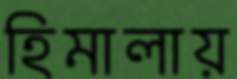
হিমালায়